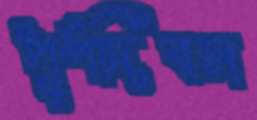
পূর্ণদিবস